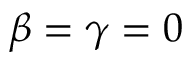
\beta = \gamma = 0